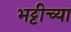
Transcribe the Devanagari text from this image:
भट्टीच्या